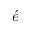
\acute { e }